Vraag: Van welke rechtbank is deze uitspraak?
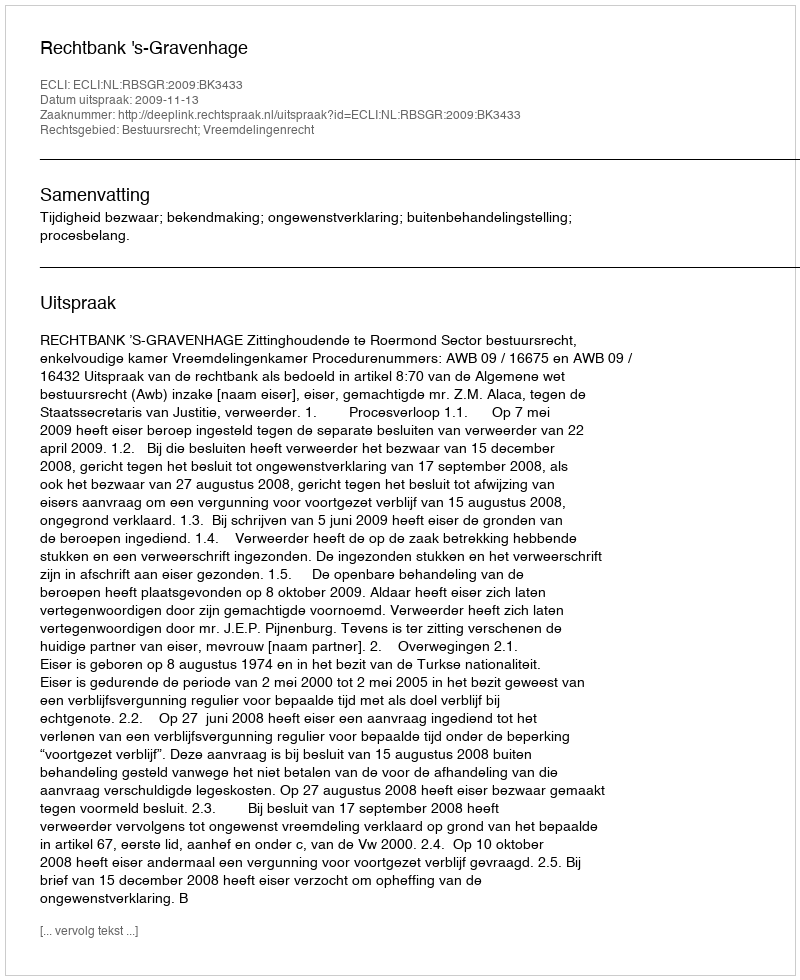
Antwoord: Rechtbank 's-Gravenhage